Leaving Certificate Examination (including Day School Certificate (Higher) General paper), 1934
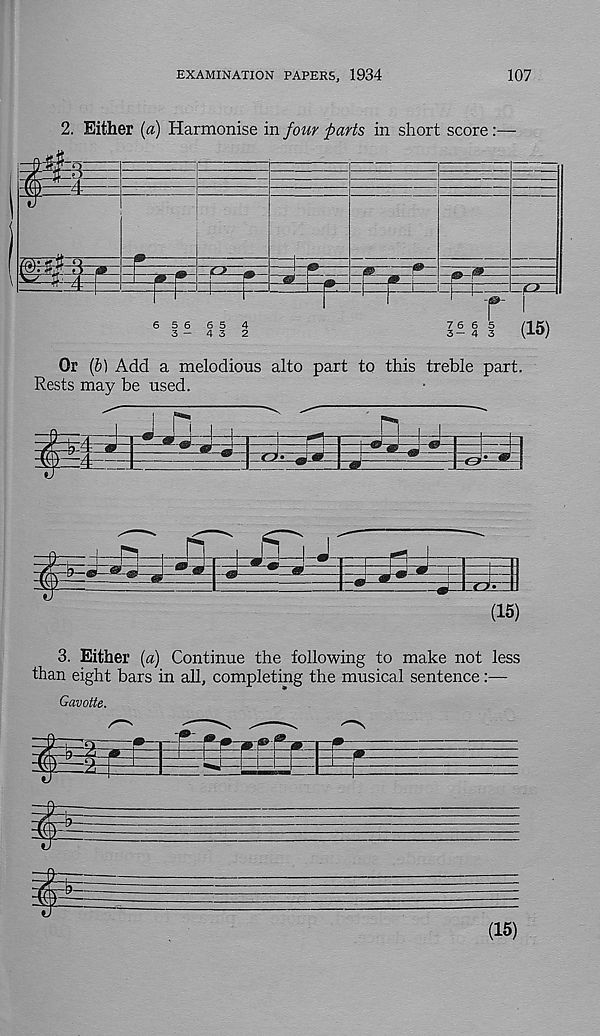
EXAMINATION PAPERS, 1934
107
2. Either [a) Harmonise in four parts in short score :
HHl
SS
f
6 5 6 6 5 4
3 - 4 3 2
Z6 6 5
( 15 )
3-4 3
Or {b) Add a melodious alto part to this treble part.
Rests may be used.
Qf-l-^g-
3. Either [a) Continue the following to make not less
than eight bars in all, completing the musical sentence:—
Gavotte.
(15)